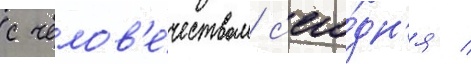
с челов'е́чеством с'его́дн'я /